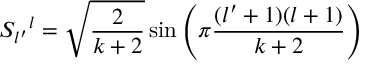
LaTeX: S _ { l ^ { \prime } } { } ^ { l } = \sqrt { { \frac { 2 } { k + 2 } } } \sin \left( \pi { \frac { ( l ^ { \prime } + 1 ) ( l + 1 ) } { k + 2 } } \right)